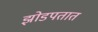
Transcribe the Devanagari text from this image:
झोडपतात